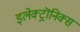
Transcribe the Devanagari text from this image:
इलेक्ट्रॊनिक्स